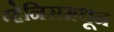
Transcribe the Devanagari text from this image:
व्हेनिसमधून